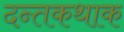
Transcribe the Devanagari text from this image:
दन्तकथाक